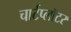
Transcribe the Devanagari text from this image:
चार्टप्लॉटर